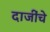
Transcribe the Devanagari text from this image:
दाजींचे